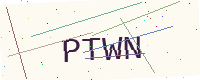
Text: PTWN